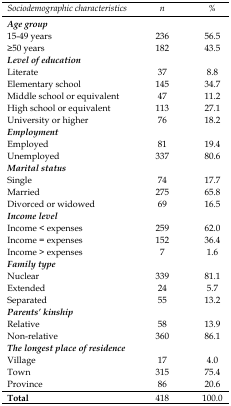
| Sociodemographic characteristics | n | % |
 | --- | --- | --- |
 | <COLSPAN=3> Age group |
 | 15-49 years | 236 | 56.5 |
 | ≥50 years | 182 | 43.5 |
 | <COLSPAN=3> Level of education |
 | Literate | 37 | 8.8 |
 | Elementary school | 145 | 34.7 |
 | Middle school or equivalent | 47 | 11.2 |
 | High school or equivalent | 113 | 27.1 |
 | University or higher | 76 | 18.2 |
 | <COLSPAN=3> Employment |
 | Employed | 81 | 19.4 |
 | Unemployed | 337 | 80.6 |
 | <COLSPAN=3> Marital status |
 | Single | 74 | 17.7 |
 | Married | 275 | 65.8 |
 | Divorced or widowed | 69 | 16.5 |
 | <COLSPAN=3> Income level |
 | Income < expenses | 259 | 62.0 |
 | Income = expenses | 152 | 36.4 |
 | Income > expenses | 7 | 1.6 |
 | <COLSPAN=3> Family type |
 | Nuclear | 339 | 81.1 |
 | Extended | 24 | 5.7 |
 | Separated | 55 | 13.2 |
 | <COLSPAN=3> Parents’ kinship |
 | Relative | 58 | 13.9 |
 | Non-relative | 360 | 86.1 |
 | <COLSPAN=3> The longest place of residence |
 | Village | 17 | 4.0 |
 | Town | 315 | 75.4 |
 | Province | 86 | 20.6 |
 | Total | 418 | 100.0 |